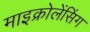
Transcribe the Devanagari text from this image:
माइक्रोलेंसिंग